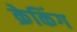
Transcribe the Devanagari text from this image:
क्रेकिंग